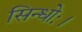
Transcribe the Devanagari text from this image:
सिन्धोः।